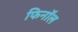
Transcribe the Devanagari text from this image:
फिनाॅल